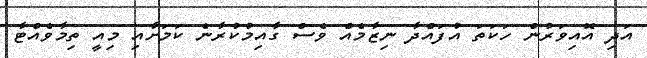
އަދި އޮއިވަރުން ހަކަތަ އުފައްދާ ނިޒާމެއް ވެސް ގާއިމުކުރާނެ ކަމަށާއި މިއީ ތިމާވެއްޓާ